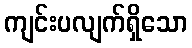
ကျင်းပလျက်ရှိသော